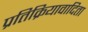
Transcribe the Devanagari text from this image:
प्रतिक्रियावादिता